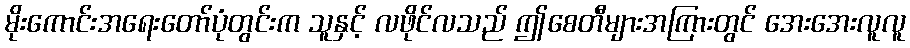
မိုးကောင်းအရေးတော်ပုံတွင်းက သူနှင့် လဖိုင်လသည် ဤစေတီများအကြားတွင် အေးအေးလူလူ